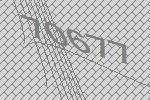
70677